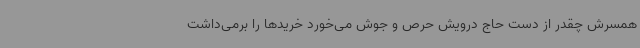
همسرش چقدر از دست حاج درویش حرص و جوش می‌خورد خریدها را برمی‌داشت